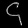
Digit: ၄